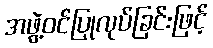
အဖွဲ့ဝင်ပြုလုပ်ခြင်းဖြင့်